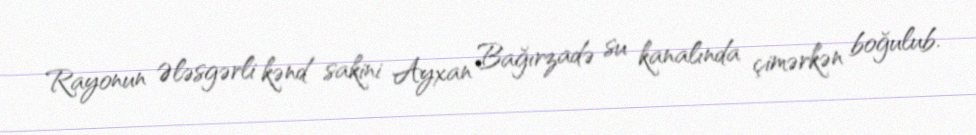
Rayonun Ələsgərli kənd sakini Ayxan Bağırzadə su kanalında çimərkən boğulub.